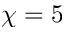
\chi = 5